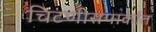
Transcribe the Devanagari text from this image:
चिटणीसपार्कात